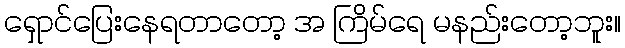
ရှောင်ပြေးနေရတာတော့ အ ကြိမ်ရေ မနည်းတော့ဘူး။